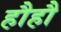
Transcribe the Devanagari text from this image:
हौहौ